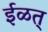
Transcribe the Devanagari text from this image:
ईळत्